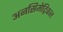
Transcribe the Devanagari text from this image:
अनसिमेट्रिकल